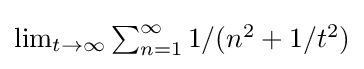
{\textstyle \lim _{t\to \infty }\sum _{n=1}^{\infty }1/(n^{2}+1/t^{2})}